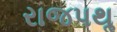
રાજપથૢ